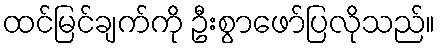
ထင်မြင်ချက်ကို ဦးစွာဖော်ပြလိုသည်။